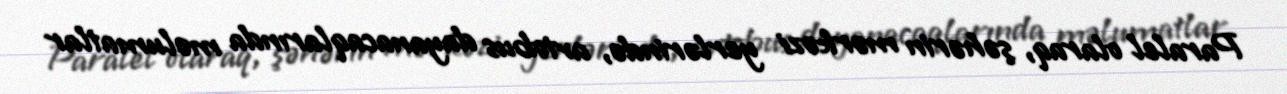
Paralel olaraq, şəhərin mərkəzi yerlərində, avtobus dayanacaqlarında məlumatlar